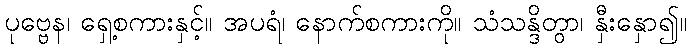
ပုဗ္ဗေန၊ ရှေ့စကားနှင့်။ အပရံ၊ နောက်စကားကို။ သံသန္ဒိတွာ၊ နှီးနှော၍။